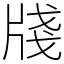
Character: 牋